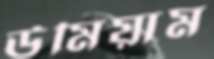
উমিয়াম